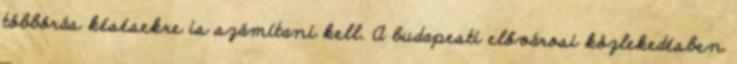
többórás késésekre is számítani kell. A budapesti elővárosi közlekedésben